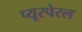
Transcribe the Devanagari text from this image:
प्यूरपेरल